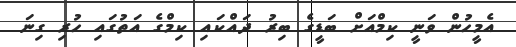
އެމީހުން ވަނީ ކިމްއަށް ބަޑީގެ ބިރު ދައްކައި ކިމްގެ އަތުގައި ހުރި ގިނަ